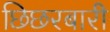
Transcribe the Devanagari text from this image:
छिछरबारी